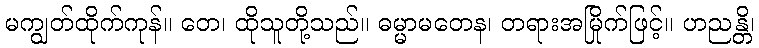
မကျွတ်ထိုက်ကုန်။ တေ၊ ထိုသူတို့သည်။ ဓမ္မာမတေန၊ တရားအမြိုက်ဖြင့်။ ဟညန္တိ၊